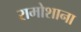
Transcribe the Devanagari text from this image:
रामोशाना